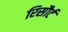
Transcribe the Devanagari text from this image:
रिसौर्ट